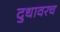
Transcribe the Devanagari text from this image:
दुधावरच